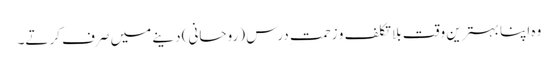
وہ اپنا بہترین وقت بلا تکلف و زحمتِ درس (روحانی) دینے میں صرف کرتے۔